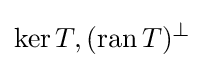
\ker T,(\operatorname {ran} T)^{\perp }